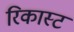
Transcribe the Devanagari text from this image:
रिकास्ट